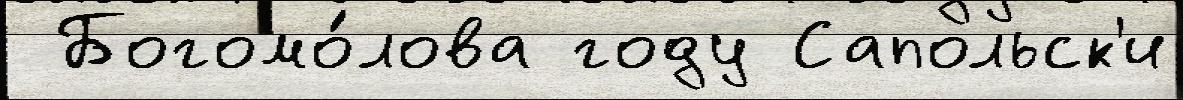
 Богомо́лова году Сапольск'и